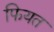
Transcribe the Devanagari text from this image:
फियत